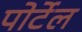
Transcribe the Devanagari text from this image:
पोर्टेल